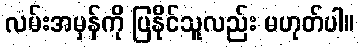
လမ်းအမှန်ကို ပြနိုင်သူလည်း မဟုတ်ပါ။